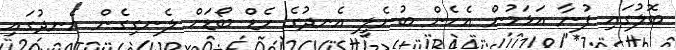
ބޮލުގައި ފުނާ އަޅަމުން އެހެން ބުނެލީ އެނދުގެ ހެޑް ބޯޑަށް ލެނގިގެން އެނދުގައި